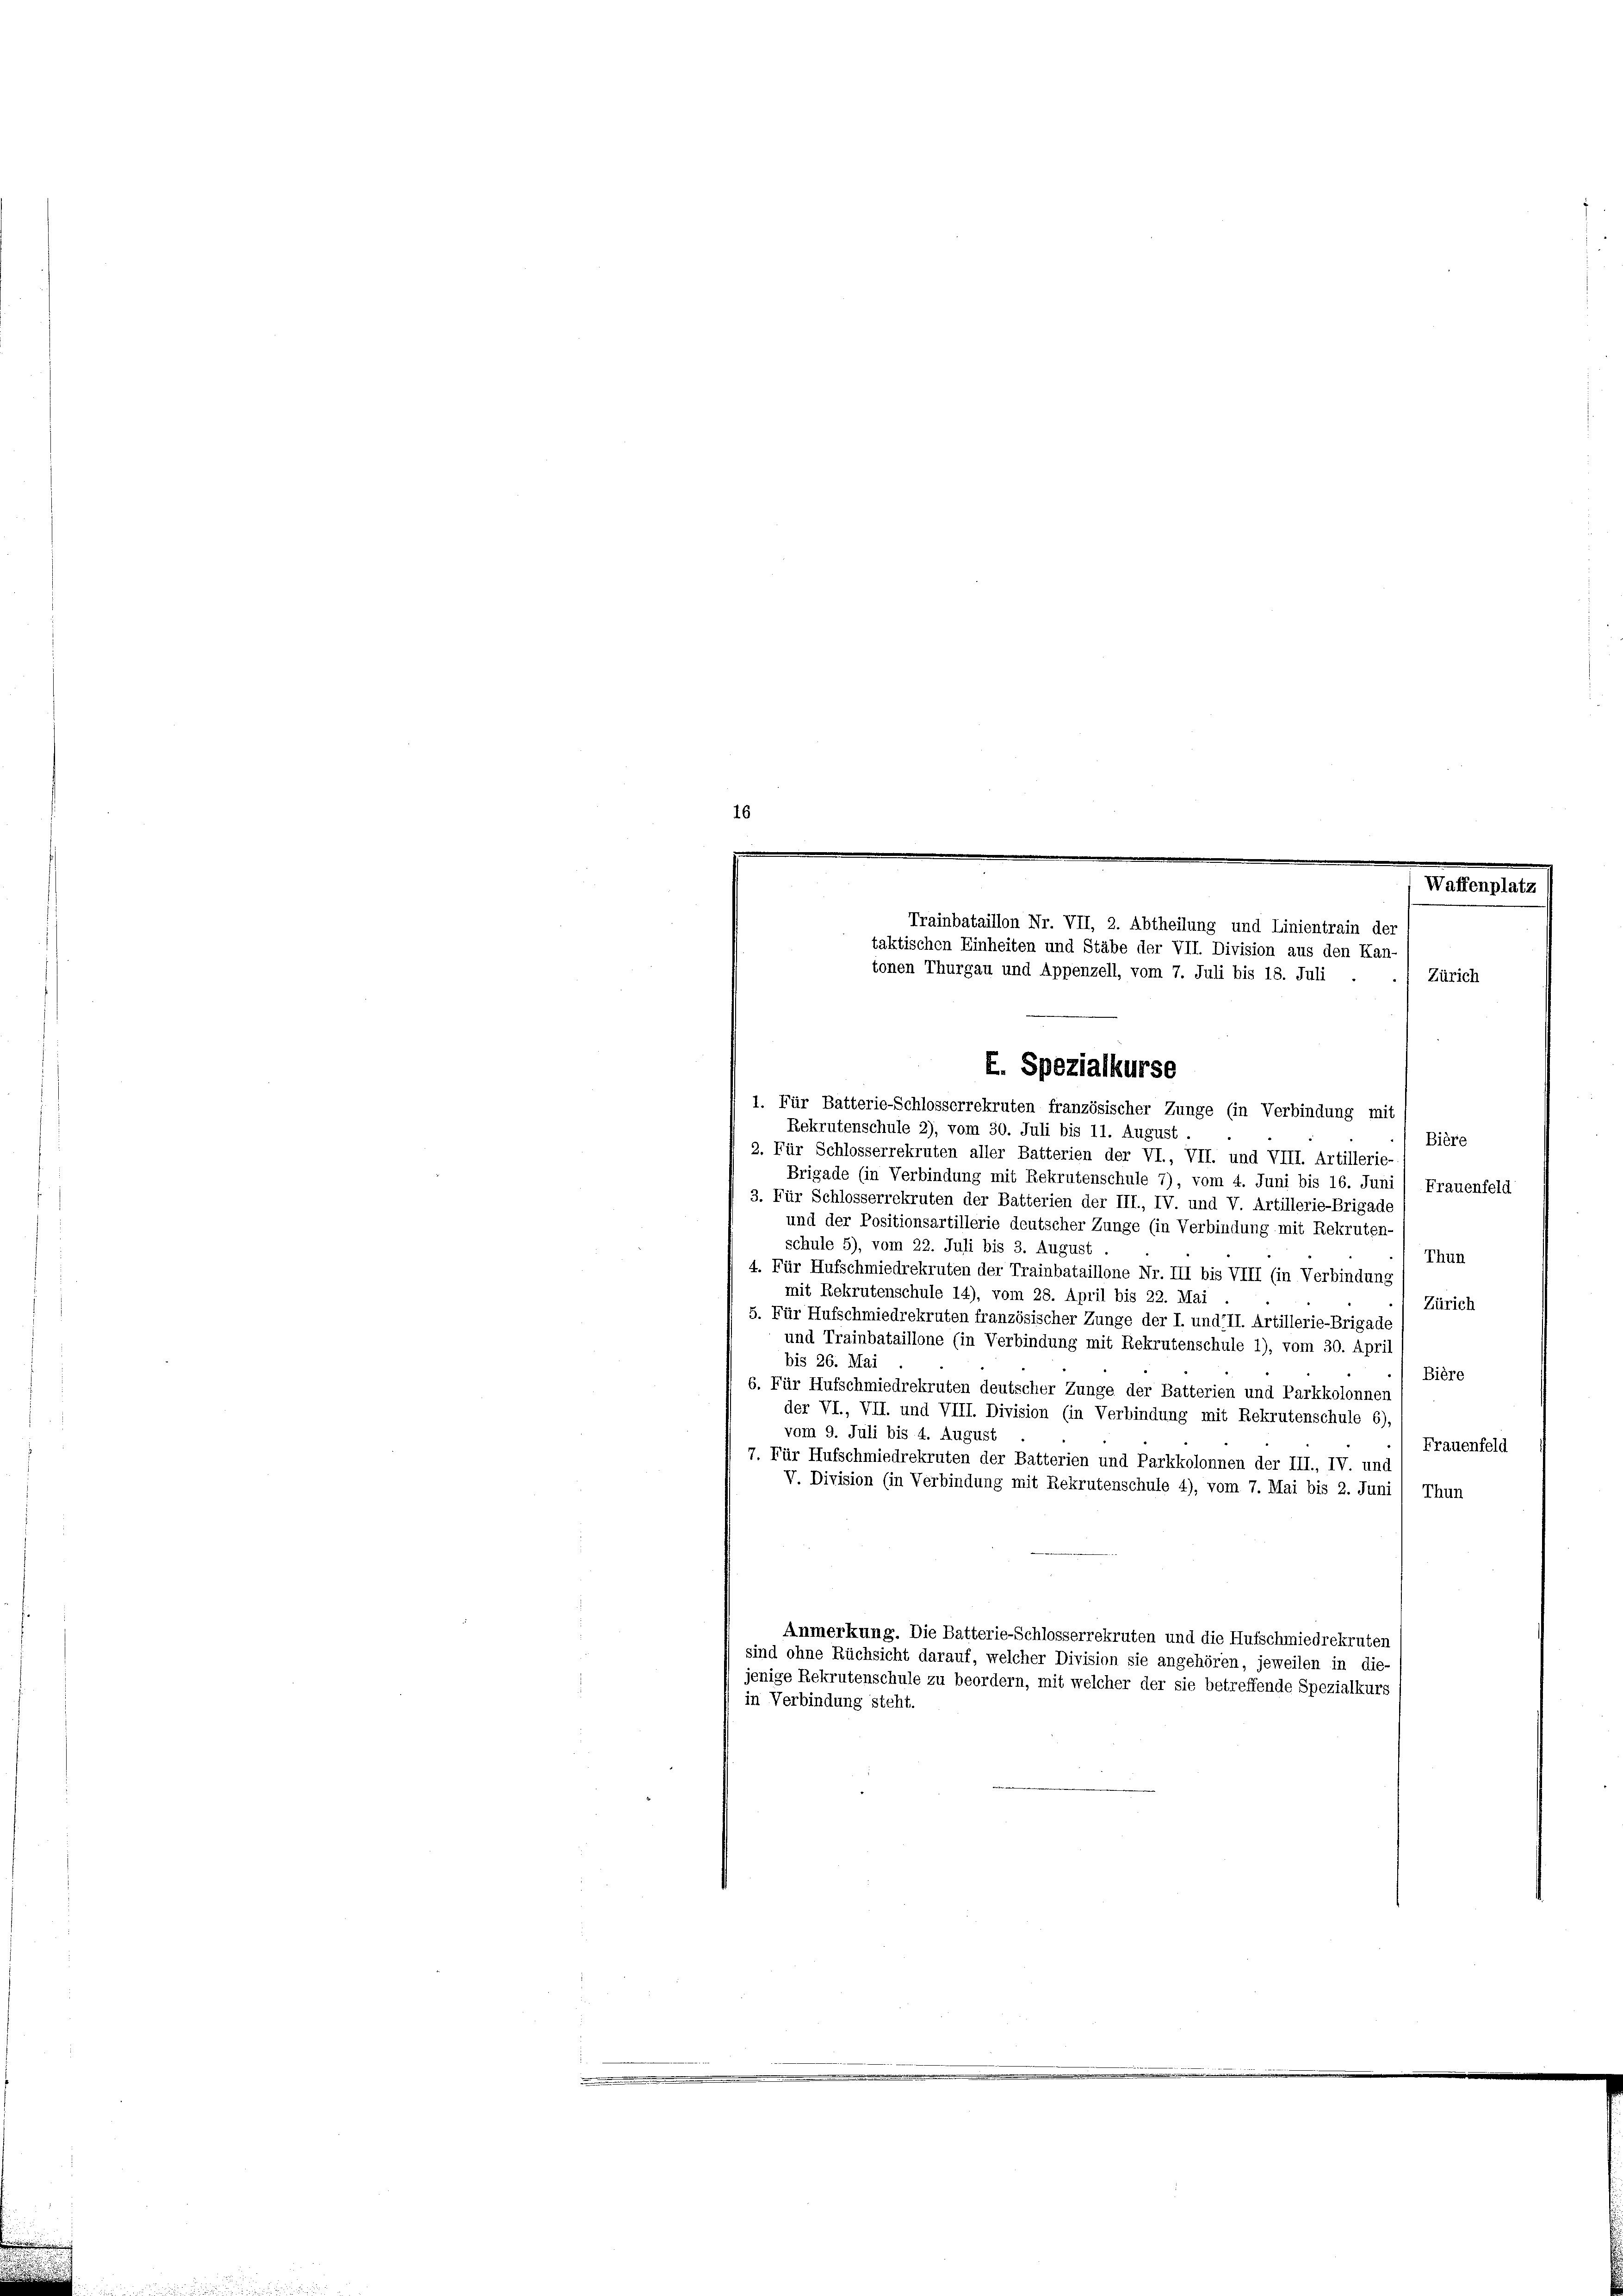
1. Für Batterie-Schlosserrekruten französischer Zunge (in Verbindung mit
Rekrutenschule 2), vom 30. Juli bis 11. August.
Bière
2. Für Schlosserrekruten aller Batterien der VI., VII. und VIII. Artillerie-
Brigade (in Verbindung mit Rekrutenschule 7), vom 4. Juni bis 16. Juni / Frauenfeld
3. Für Schlosserrekruten der Batterien der III., IV. und V. Artillerie-Brigade
und der Positionsartillerie deutscher Zunge (in Verbindung mit Rekruten-
schule 5), vom 22. Juli bis 3. August.
Thun
4. Für Hufschmiedrekruten der Trainbataillone Nr. III bis VIII (in Verbindung
mit Rekrutenschule 14), vom 28. April bis 22. Mai
Zürich
5. Für Hufschmiedrekruten französischer Zunge der I. und II. Artillerie-Brigade
und Trainbataillone (in Verbindung mit Rekrutenschule 1), vom 30. April
bis 26. Mai
Bière
6. Für Hufschmiedrekruten deutscher Zunge der Batterien und Parkkolonnen
der VI., VII. und VIII. Division (in Verbindung mit Rekrutenschule 6).
vom 9. Juli bis 4. August
Frauenfeld
7. Für Hufschmiedrekruten der Batterien und Parkkolonnen der III., IV. und
V. Division (in Verbindung mit Rekrutenschule 4), vom 7. Mai bis 2. Juni / Thun
Anmerkung. Die Batterie-Schlosserrekruten und die Hufschmiedrekruten
sind ohne Rüchsicht darauf, welcher Division sie angehören, jeweilen in die-
jenige Rekrutenschule zu beordern, mit welcher der sie betreffende Spezialkurs
in Verbindung steht.

Trainbataillon Nr. VII, 2. Abtheilung und Linientrain der
taktischen Einheiten und Stäbe der VII. Division aus den Kan-
tonen Thurgau und Appenzell, vom 7. Juli bis 18. Juli
Zürich
E. Spezialkurse

Waffenplatz